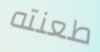
طعنته